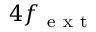
4 f _ { \mathrm { ~ e ~ x ~ t ~ } }